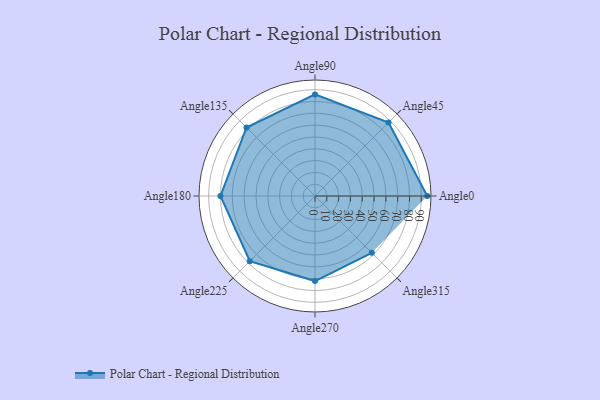
{"axis": {"x": "Angle", "y": "Radius"}, "legend": [""], "data": [{"x": "Angle0", "y": 95.0, "type": ""}, {"x": "Angle45", "y": 88.0, "type": ""}, {"x": "Angle90", "y": 86.0, "type": ""}, {"x": "Angle135", "y": 82.0, "type": ""}, {"x": "Angle180", "y": 80.0, "type": ""}, {"x": "Angle225", "y": 78.0, "type": ""}, {"x": "Angle270", "y": 72.0, "type": ""}, {"x": "Angle315", "y": 68.0, "type": ""}]}